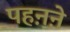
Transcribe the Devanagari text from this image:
पहऩऩे